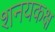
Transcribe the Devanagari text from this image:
शनयकक्ष